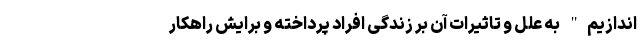
‌اندازیم" به علل و تاثیرات آن بر زندگی افراد پرداخته و برایش راهکار